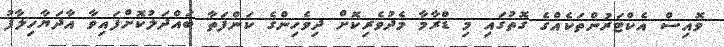
ވޮއިސް އެކްޓަރުންތަކެއްގެ ގޮތުގައި މި ޑްރާމާ މެދުވެރިކޮށް ދިވެހިންގެ ކަންފަތާ ބައްދަލުކޮށްފައިވާ އާދަޔާހިލާފު